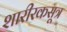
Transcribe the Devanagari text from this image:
शारीरकसूत्र